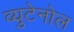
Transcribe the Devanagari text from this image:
व्युटेनोल